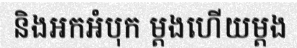
និងអកអំបុក ម្តងហើយម្តង